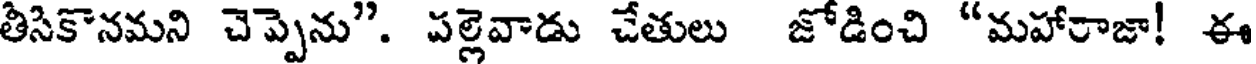
తిసికొనమని చెప్పెను". పల్లెవాడు చేతులు జోడించి "మహారాజా! ఈ